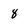
Character: 8